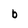
Character: b